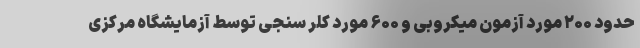
حدود ۲۰۰ مورد آزمون میکروبی و ۶۰۰ مورد کلر سنجی توسط آزمایشگاه مرکزی